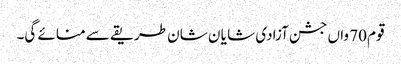
قوم 70 واں جشن آزادی شا یا ن شان طریقے سے منائے گی۔